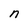
Character: n